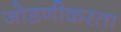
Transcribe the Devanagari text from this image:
जोडणीकरता